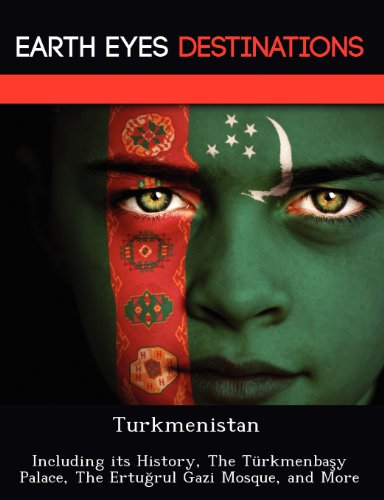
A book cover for Turkmenistan: Including its History, The TÃ¼rkmenbasy Palace, The Ertugrul Gazi Mosque, and More; Renee Browning; Travel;